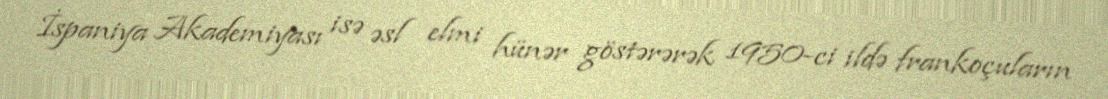
İspaniya Akademiyası isə əsl elmi hünər göstərərək 1950-ci ildə frankoçuların